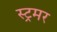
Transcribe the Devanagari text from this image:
स्ट्रमर